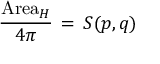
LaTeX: \frac { \mathrm { A r e a } _ { H } } { 4 \pi } \, = \, S ( p , q )